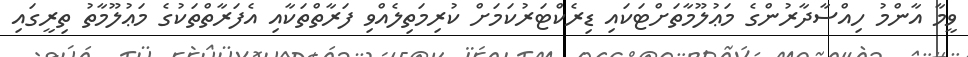
ވީމާ އާންމު ހިއްސާދާރުންގެ މަޢުލޫމާތަށްޓަކައި ޑިރެކްޓަރުކަމަށް ކުރިމަތިލެއްވި ފަރާތްތަކާއި އެފަރާތްތަކުގެ މަޢުލޫމާތު ތިރީގައި